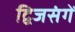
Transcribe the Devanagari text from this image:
द्विजसंगें